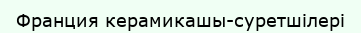
Франция керамикашы-суретшілері